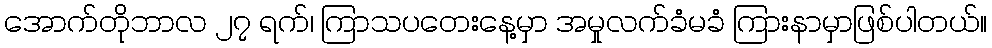
အောက်တိုဘာလ ၂၇ ရက်၊ ကြာသပတေးနေ့မှာ အမှုလက်ခံမခံ ကြားနာမှာဖြစ်ပါတယ်။